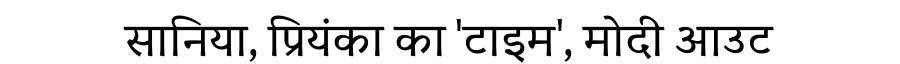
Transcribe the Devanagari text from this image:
सानिया, प्रियंका का 'टाइम', मोदी आउट